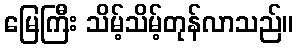
မြေကြီး သိမ့်သိမ့်တုန်လာသည်။